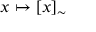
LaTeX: x \mapsto [ x ] _ { \sim }